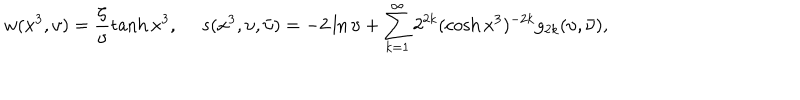
w ( x ^ { 3 } , \upsilon ) = \frac { \zeta } { \upsilon } \tanh x ^ { 3 } , ~ ~ s ( x ^ { 3 } , \upsilon , \bar { \upsilon } ) = - 2 \ln { \upsilon } + \sum _ { k = 1 } ^ { \infty } 2 ^ { 2 k } ( \cosh { x ^ { 3 } } ) ^ { - 2 k } g _ { 2 k } ( \upsilon , \bar { \upsilon } ) ,